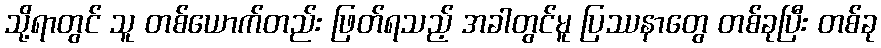
သို့ရာတွင် သူ တစ်ယောက်တည်း ဖြတ်ရသည့် အခါတွင်မူ ပြဿနာတွေ တစ်ခုပြီး တစ်ခု